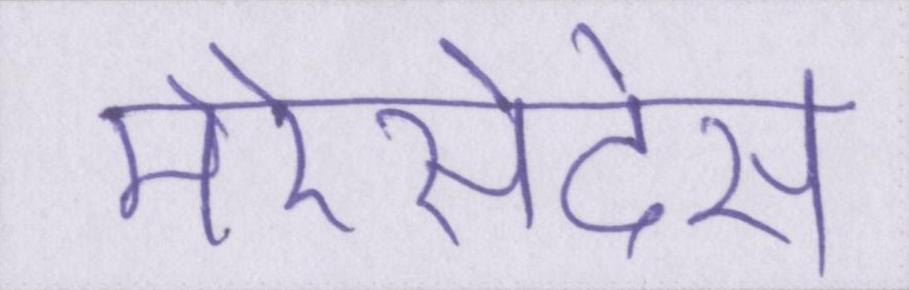
मेरेसेदेस